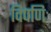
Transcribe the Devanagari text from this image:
विपणिः